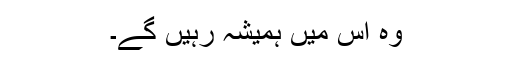
وہ اُس میں ہمیشہ رہیں گے۔